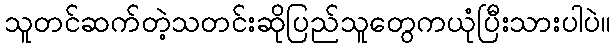
သူတင်ဆက်တဲ့သတင်းဆိုပြည်သူတွေကယုံပြီးသားပါပဲ။